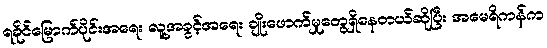
ရခိုင်မြောက်ပိုင်းအရေး လူ့အခွင့်အရေး ချိုးဖောက်မှုတွေရှိနေတယ်ဆိုပြီး အမေရိကန်က